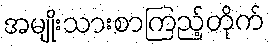
အမျိုးသားစာကြည့်တိုက်